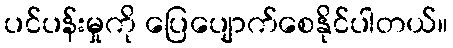
ပင်ပန်းမှုကို ပြေပျောက်စေနိုင်ပါတယ်။